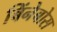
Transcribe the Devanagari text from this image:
बिंनेबोस